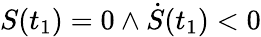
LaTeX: S(t_{1})=0\land\dot{S}(t_{1})<0